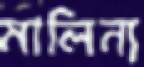
মালিন্য